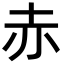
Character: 赤